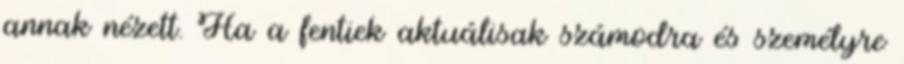
annak nézett. Ha a fentiek aktuálisak számodra és személyre